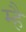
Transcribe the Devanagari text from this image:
म्है